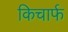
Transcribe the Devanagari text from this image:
किचार्फ